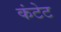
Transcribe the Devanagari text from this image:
कंटेट